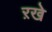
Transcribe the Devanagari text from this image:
ऱखे